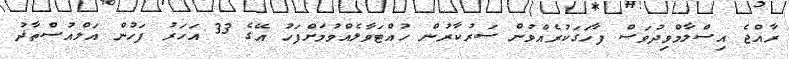
ރާއްޖެ އިސްލާމްވިދުވަސް ފާހަގަކުރެއްވުން ސަރުކާރުން ހުއްޓަވާލެއްވުމަށްފަހު އޭގެ 33 އަހަރު ފަހުން އަލްއުސްތާޛު